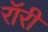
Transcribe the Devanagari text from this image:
रॉरी